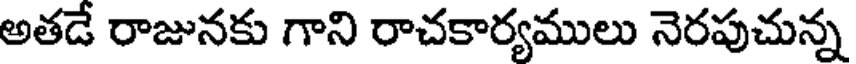
అతడే రాజునకు గాని రాచకార్యములు నెరపుచున్న